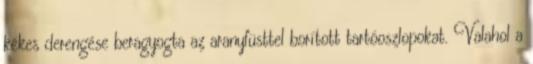
kékes derengése beragyogta az aranyfüsttel borított tartóoszlopokat. Valahol a